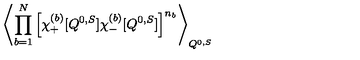
\left\langle \prod _ { b = 1 } ^ { N } \left[ \chi _ { + } ^ { ( b ) } [ Q ^ { 0 , S } ] \chi _ { - } ^ { ( b ) } [ Q ^ { 0 , S } ] \right] ^ { n _ { b } } \right\rangle _ { Q ^ { 0 , S } }